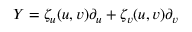
Y = \zeta _ { u } ( u , v ) \partial _ { u } + \zeta _ { v } ( u , v ) \partial _ { v }